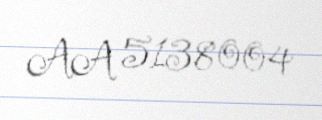
AA 5138004